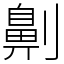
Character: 劓